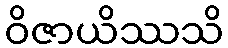
ဝိဇာယိဿသိ